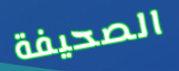
الصحيفة